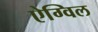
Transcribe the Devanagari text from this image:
ऐग्विल